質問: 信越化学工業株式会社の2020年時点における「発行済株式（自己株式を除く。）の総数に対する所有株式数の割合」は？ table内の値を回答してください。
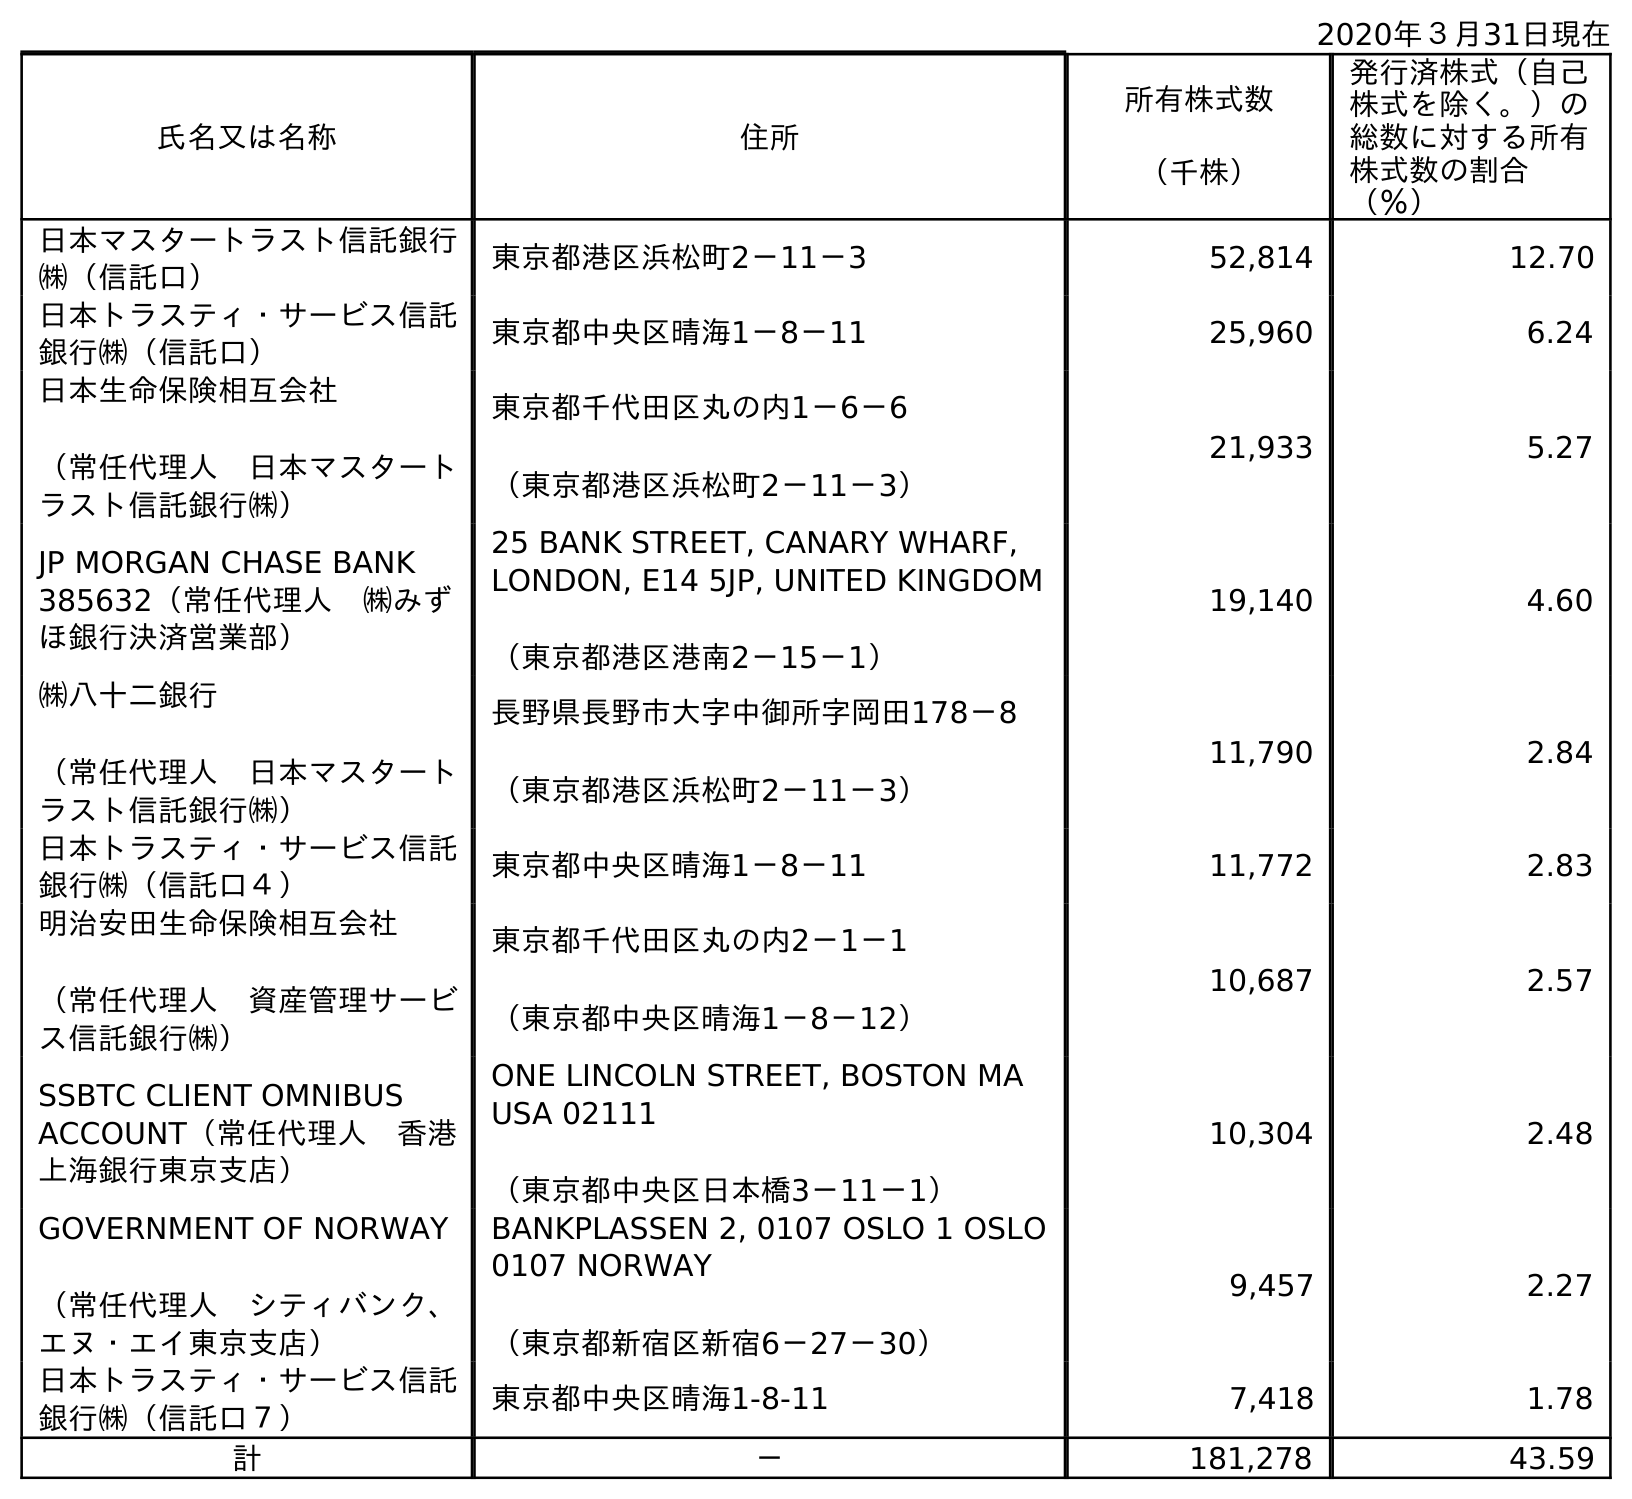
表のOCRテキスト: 2020年３月31日現在 氏名又は名称 住所 所有株式数 （千株） 発行済株式（自己 株式を除く。）の 総数に対する所有 株式数の割合 （％） 日本マスタートラスト信託銀行 ㈱（信託口） 東京都港区浜松町2－11－3 52,814 12.70 日本トラスティ・サービス信託 銀行㈱（信託口） 東京都中央区晴海1－8－11 25,960 6.24 日本生命保険相互会社 （常任代理人 日本マスタート ラスト信託銀行㈱） 東京都千代田区丸の内1－6－6 （東京都港区浜松町2－11－3） 21,933 5.27 JP MORGAN CHASE BANK 385632（常任代理人 ㈱みず ほ銀行決済営業部） 25 BANK STREET, CANARY WHARF, LONDON, E14 5JP, UNITED KINGDOM （東京都港区港南2－15－1） 19,140 4.60 ㈱八十二銀行 （常任代理人 日本マスタート ラスト信託銀行㈱） 長野県長野市大字中御所字岡田178－8 （東京都港区浜松町2－11－3） 11,790 2.84 日本トラスティ・サービス信託 銀行㈱（信託口４） 東京都中央区晴海1－8－11 11,772 2.83 明治安田生命保険相互会社 （常任代理人 資産管理サービ ス信託銀行㈱） 東京都千代田区丸の内2－1－1 （東京都中央区晴海1－8－12） 10,687 2.57 SSBTC CLIENT OMNIBUS ACCOUNT（常任代理人 香港 上海銀行東京支店） ONE LINCOLN STREET, BOSTON MA USA 02111 （東京都中央区日本橋3－11－1） 10,304 2.48 GOVERNMENT OF NORWAY （常任代理人 シティバンク、 エヌ・エイ東京支店） BANKPLASSEN 2, 0107 OSLO 1 OSLO 0107 NORWAY （東京都新宿区新宿6－27－30） 9,457 2.27 日本トラスティ・サービス信託 銀行㈱（信託口７） 東京都中央区晴海1-8-11 7,418 1.78 計 － 181,278 43.59
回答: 43.59